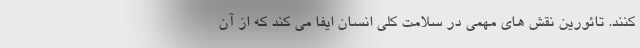
کنند. تائورین نقش های مهمی در سلامت کلی انسان ایفا می کند که از آن